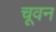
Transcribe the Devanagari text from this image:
चूवन